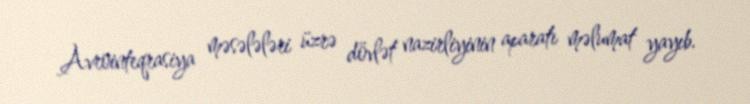
Avrointeqrasiya məsələləri üzrə dövlət nazirliyinin aparatı məlumat yayıb.